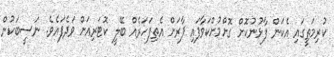
ކުރިމަތީގައި އެކަން ފާޅުނުކޮށް ގޮށްމުށްކަވާފައި ފާރަށް އެތިފަހަރެއް ބޭލީ ކޮޓަރިއަށް ވަދެފައެވެ. ނަސީބަކުން